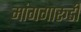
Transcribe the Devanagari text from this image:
मांगगारूडी